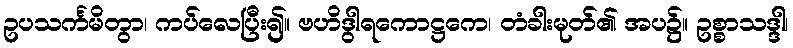
ဥပသင်္ကမိတွာ၊ ကပ်လေပြီး၍။ ဗဟိဒွါရကောဋ္ဌကေ၊ တံခါးမုတ်၏ အပ၌။ ဥစ္စာသဒ္ဒါ၊